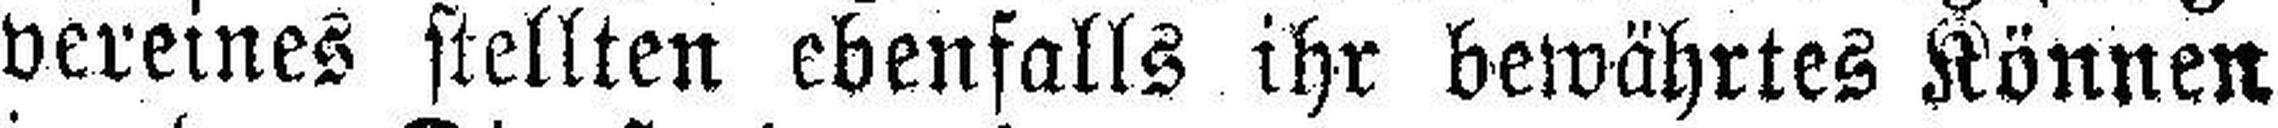
vereines stellten ebenfalls ihr bewährtes Können